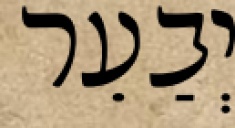
יְבַעֵר